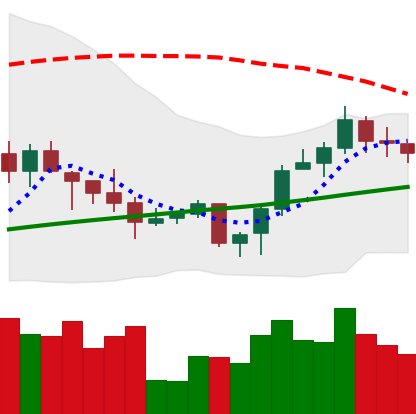
Ticker: LINK-USD
Chart end date: 2020-10-15
Forward return: -8.001%
Label: down_7plus